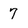
Character: 7